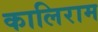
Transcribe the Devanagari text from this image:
कालिराम